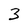
Character: 3